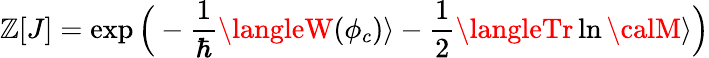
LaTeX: \mathbb{Z}[J]=\exp\Big(-\frac{{1}}{{\hbar}}\langleW(\phi_{c})\rangle-\frac{{1}}{{2}}\langleTr\ln{\calM}\rangle\Big)